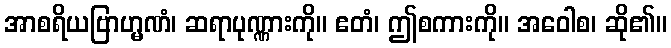
အာစရိယဗြာဟ္မဏံ၊ ဆရာပုဏ္ဏားကို။ ဧတံ၊ ဤစကားကို။ အဝေါစ၊ ဆို၏။